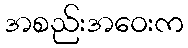
အစည်းအဝေးက